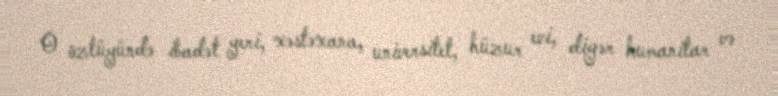
O özlüyündə ibadət yeri, xəstəxana, universitet, hüzur evi, digər humanitar və